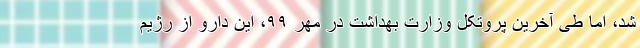
شد، اما طی آخرین پروتکل وزارت بهداشت در مهر ۹۹، این دارو از رژیم